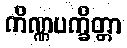
ကိဏ္ဏပက္ခိတ္တာ